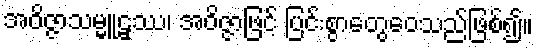
အဝိဇ္ဇာသမ္မူဠှဿ၊ အဝိဇ္ဇာဖြင့် ပြင်းစွာတွေဝေသည်ဖြစ်၍။